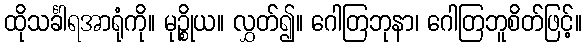
ထိုသင်္ခါရအာရုံကို။ မုဉ္စိုယ။ လွှတ်၍။ ဂေါတြဘုနာ၊ ဂေါတြဘူစိတ်ဖြင့်။